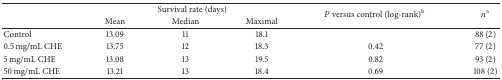
| <ROWSPAN=2>  | <COLSPAN=3> Survival rate (days) | <ROWSPAN=2> P versus control (log-rank)b | <ROWSPAN=2> na |
 | Mean | Median | Maximal |
 | --- | --- | --- | --- | --- | --- |
 | Control | 13.09 | 11 | 18.1 |  | 88 (2) |
 | 0.5 mg/mL CHE | 13.75 | 12 | 18.3 | 0.42 | 77 (2) |
 | 5 mg/mL CHE | 13.08 | 13 | 19.5 | 0.82 | 93 (2) |
 | 50 mg/mL CHE | 13.21 | 13 | 18.4 | 0.69 | 108 (2) |